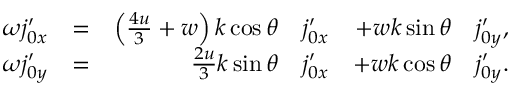
\begin{array} { r l r l r l } { \omega \ensuremath { j _ { 0 x } ^ { \prime } } } & { = } & { \left( \frac { 4 u } { 3 } + w \right) k \cos \theta } & { \ensuremath { j _ { 0 x } ^ { \prime } } } & { + w k \sin \theta } & { \ensuremath { j _ { 0 y } ^ { \prime } } , } \\ { \omega \ensuremath { j _ { 0 y } ^ { \prime } } } & { = } & { \frac { 2 u } { 3 } k \sin \theta } & { \ensuremath { j _ { 0 x } ^ { \prime } } } & { + w k \cos \theta } & { \ensuremath { j _ { 0 y } ^ { \prime } } . } \end{array}